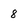
Character: 8